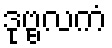
ဒုဗ္ဗလကံ